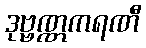
ဒုဗ္ဗဏ္ဏကရဏီ